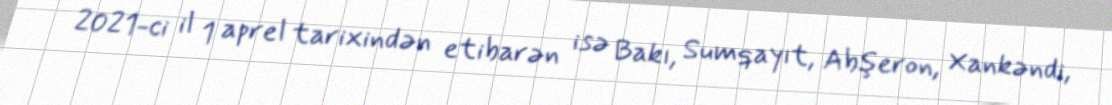
2021-ci il 1 aprel tarixindən etibarən isə Bakı, Sumqayıt, Abşeron, Xankəndi,